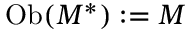
\operatorname { O b } ( M ^ { * } ) : = M